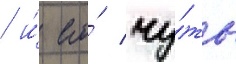
/ и́ его́ чу́ть